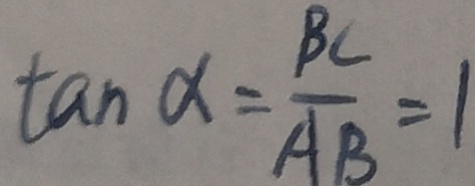
\tan \alpha = \frac { B C } { A B } = 1